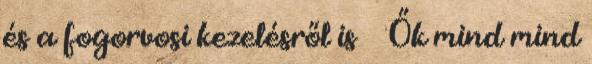
és a fogorvosi kezelésről is 🙂 Ők mind mind